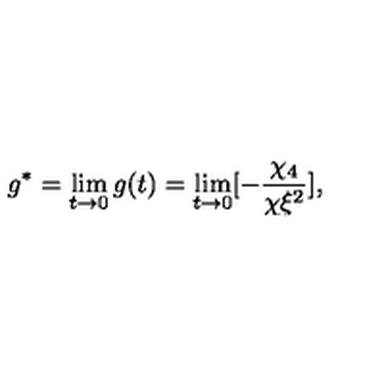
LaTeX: g ^ { * } = \lim _ { t \rightarrow 0 } g ( t ) = \lim _ { t \rightarrow 0 } [ - { \frac { \chi _ { 4 } } { \chi \xi ^ { 2 } } } ] ,